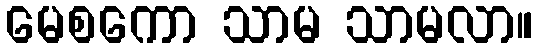
မေစကော သာမ သာမလာ။